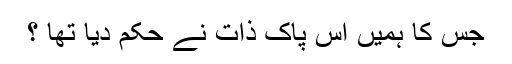
جس کا ہمیں اس پاک ذات نے حکم دیا تھا ؟